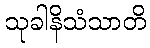
သုခါနိသံသာတိ